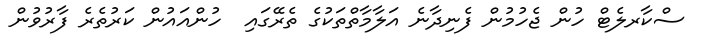
ސްކާރލެޓް ހުން ޖެހުމުން ފެނިދާނެ އަލާމާތްތަކުގެ ތެރޭގައި  ހުންއައުން ކަރުތެރެ ފާރުވުން